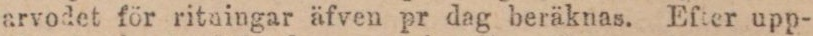
arvodet för ritningar äfven pr dag beräknas. Efter upp-